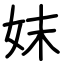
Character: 妺